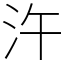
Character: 汻